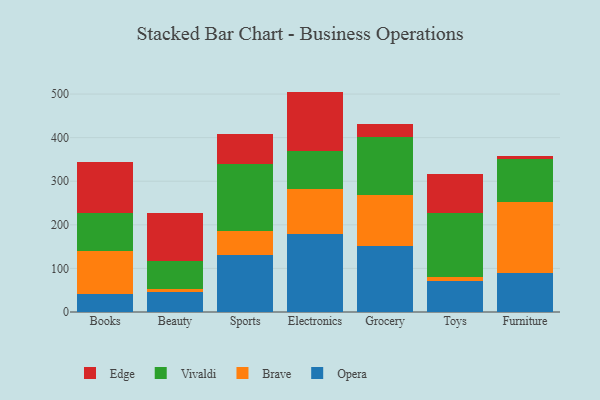
{"axis": {"x": "Category", "y": "Waste Production (Tons)"}, "legend": ["Brave", "Edge", "Opera", "Vivaldi"], "data": [{"x": "Books", "y": 40.9, "type": "Opera"}, {"x": "Books", "y": 99.6, "type": "Brave"}, {"x": "Books", "y": 87.0, "type": "Vivaldi"}, {"x": "Books", "y": 116.1, "type": "Edge"}, {"x": "Beauty", "y": 45.0, "type": "Opera"}, {"x": "Beauty", "y": 6.8, "type": "Brave"}, {"x": "Beauty", "y": 64.4, "type": "Vivaldi"}, {"x": "Beauty", "y": 110.9, "type": "Edge"}, {"x": "Sports", "y": 129.7, "type": "Opera"}, {"x": "Sports", "y": 56.3, "type": "Brave"}, {"x": "Sports", "y": 153.5, "type": "Vivaldi"}, {"x": "Sports", "y": 69.9, "type": "Edge"}, {"x": "Electronics", "y": 178.1, "type": "Opera"}, {"x": "Electronics", "y": 104.6, "type": "Brave"}, {"x": "Electronics", "y": 87.4, "type": "Vivaldi"}, {"x": "Electronics", "y": 135.5, "type": "Edge"}, {"x": "Grocery", "y": 150.5, "type": "Opera"}, {"x": "Grocery", "y": 116.8, "type": "Brave"}, {"x": "Grocery", "y": 135.0, "type": "Vivaldi"}, {"x": "Grocery", "y": 29.7, "type": "Edge"}, {"x": "Toys", "y": 70.6, "type": "Opera"}, {"x": "Toys", "y": 10.5, "type": "Brave"}, {"x": "Toys", "y": 146.6, "type": "Vivaldi"}, {"x": "Toys", "y": 88.5, "type": "Edge"}, {"x": "Furniture", "y": 88.8, "type": "Opera"}, {"x": "Furniture", "y": 164.6, "type": "Brave"}, {"x": "Furniture", "y": 98.6, "type": "Vivaldi"}, {"x": "Furniture", "y": 5.7, "type": "Edge"}]}